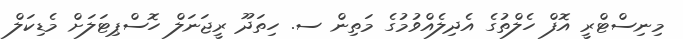
މިނިސްޓްރީ އޮފް ހެލްތުގެ އެދިލެއްވުމުގެ މަތިން ސ. ހިތަދޫ ރީޖަނަލް ހޮސްޕިޓަލަށް މެޑިކަލް